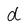
Character: d